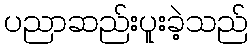
ပညာဆည်းပူးခဲ့သည်